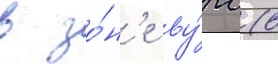
в зо́н'е ву́рс (в